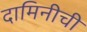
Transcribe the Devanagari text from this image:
दामिनीची